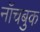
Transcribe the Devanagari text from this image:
नॉचबुक